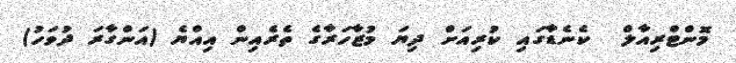
މޮންޓްރިއާލް  ކެނެޑާގައި ކުރިއަށް ދިޔަ މުޒާހަރާގެ ތެރެއިން އިއްޔެ (އަންގާރަ ދުވަހު)